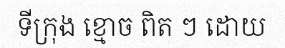
ទីក្រុង ខ្មោច ពិត ៗ ដោយ